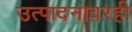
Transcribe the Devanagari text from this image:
उत्पादनावरही